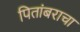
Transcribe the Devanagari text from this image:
पितांबराचा